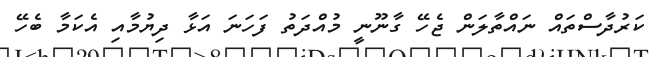
ކަރުދާސްތައް ނައްތާލަން ޖެހޭ ގާނޫނީ މުއްދަތު ފަހަނަ އަޅާ ދިޔުމާއި އެކަމާ ބެހޭ